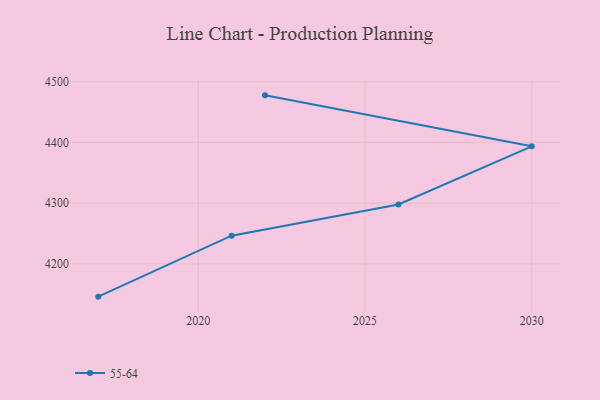
{"axis": {"x": "Year", "y": "Bounce Rate (%)"}, "legend": ["55-64"], "data": [{"x": "2017", "y": 4146.1, "type": "55-64"}, {"x": "2021", "y": 4246.5, "type": "55-64"}, {"x": "2026", "y": 4297.9, "type": "55-64"}, {"x": "2030", "y": 4393.6, "type": "55-64"}, {"x": "2022", "y": 4477.5, "type": "55-64"}]}